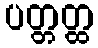
ပတ္တတ္ထ